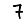
Digit: 7